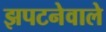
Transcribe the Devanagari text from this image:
झपटनेवाले